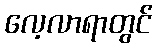
လေ့လာရာတွင်